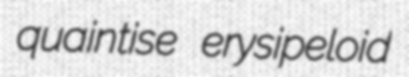
quaintise erysipeloid